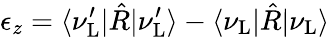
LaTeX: \epsilon_{z}=\langle\nu_{\mathrm{L}}^{\prime}|\hat{R}|\nu_{\mathrm{L}}^{\prime}\rangle-\langle\nu_{\mathrm{L}}|\hat{R}|\nu_{\mathrm{L}}\rangle